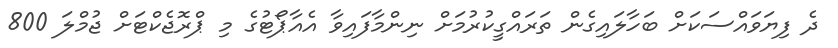
ދެ ފިޔަވައްސަކަށް ބަހާލައިގެން ތަރައްގީކުރުމަށް ނިންމާފައިވާ އެއާޕޯޓުގެ މި ޕްރޮޖެކްޓަށް ޖުމްލަ 800